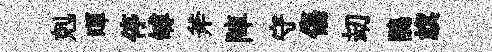
剋暉停罅斧陣守傷刧鵑旗